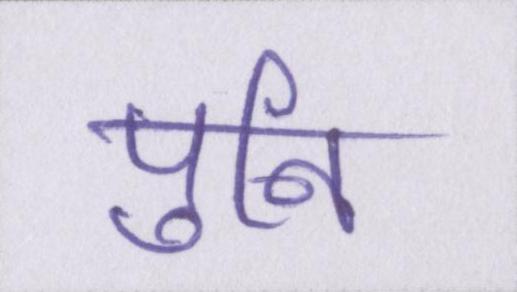
पुनि